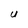
Character: U